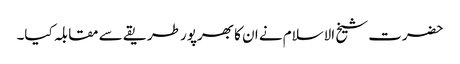
حضرت شیخ الاسلام نے ان کا بھرپور طریقے سے مقابلہ کیا۔